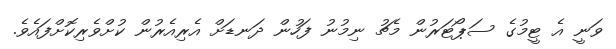
ވަނީ އެ ޓީމުގެ ސަޕޯޓަރުން މެޗު ނިމުނު ފަހުން ދަނޑަށް އެރިއެރުން ކުށްވެރިކޮށްފައެވެ.